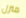
منزل